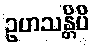
ဥဟသန္တိပိ